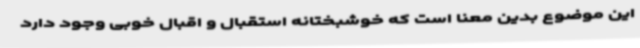
این موضوع بدین معنا است که خوشبختانه استقبال و اقبال خوبی وجود دارد